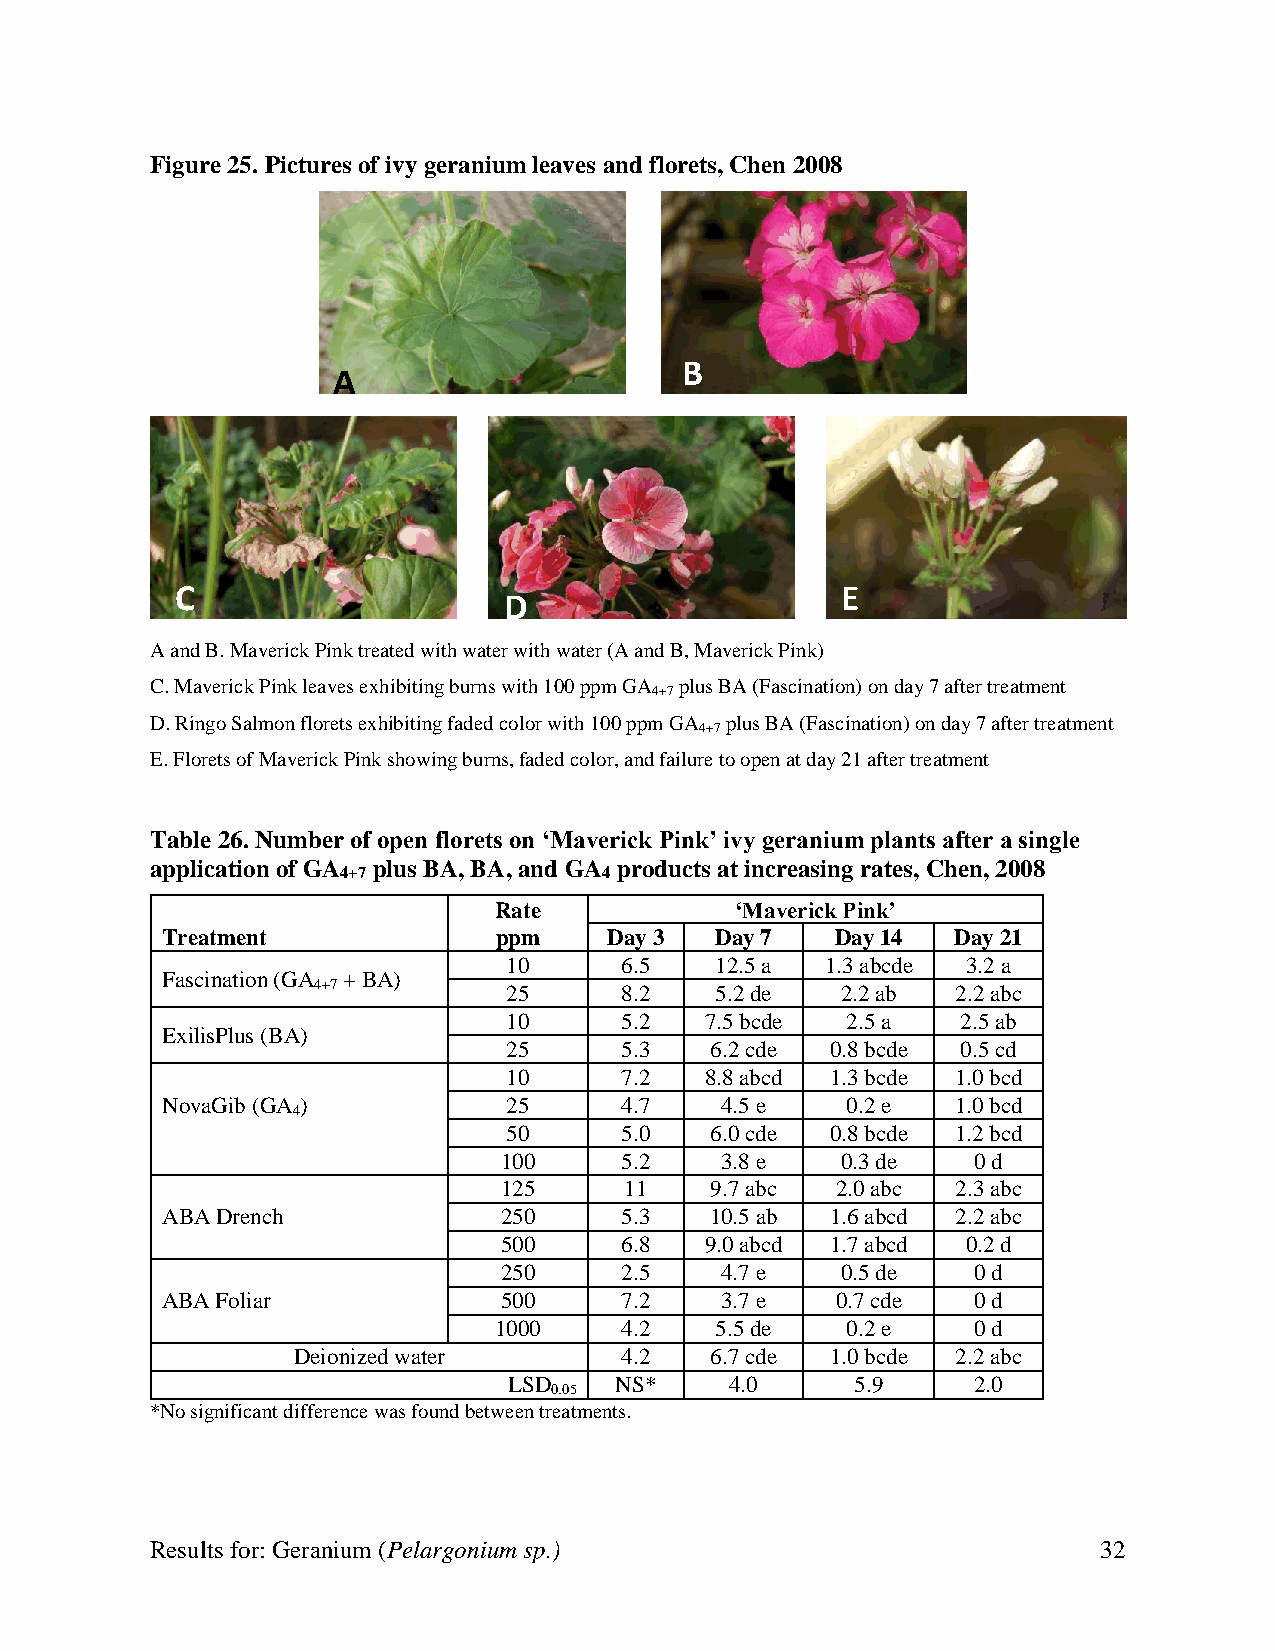
Figure 25. Pictures of ivy geranium leaves and florets, Chen 2008
 A
 B
 C                                           E
 D
 A and B. Maverick Pink treated with water with water (A and B, Maverick Pink)
 C. Maverick Pink leaves exhibiting burns with 100 ppm GA plus BA (Fascination) on day 7 after treatment
 4+7
 D. Ringo Salmon florets exhibiting faded color with 100 ppm GA plus BA (Fascination) on day 7 after treatment
 4+7
 E. Florets of Maverick Pink showing burns, faded color, and failure to open at day 21 after treatment
 Table 26. Number of open florets on ‘Maverick Pink’ ivy geranium plants after a single
 application of GA plus BA, BA, and GA products at increasing rates, Chen, 2008
 4+7              4
 Rate            ‘Maverick Pink’
 Treatment             ppm    Day 3  Day 7   Day 14  Day 21
 10     6.5   12.5 a  1.3 abcde 3.2 a
 Fascination (GA + BA)
 4+7          25     8.2   5.2 de   2.2 ab 2.2 abc
 10     5.2   7.5 bcde 2.5 a   2.5 ab
 ExilisPlus (BA)
 25     5.3   6.2 cde 0.8 bcde 0.5 cd
 10     7.2   8.8 abcd 1.3 bcde 1.0 bcd
 NovaGib (GA )          25     4.7    4.5 e   0.2 e  1.0 bcd
 4
 50     5.0   6.0 cde 0.8 bcde 1.2 bcd
 100     5.2    3.8 e   0.3 de  0 d
 125     11    9.7 abc 2.0 abc 2.3 abc
 ABA Drench            250     5.3   10.5 ab 1.6 abcd 2.2 abc
 500     6.8   9.0 abcd 1.7 abcd 0.2 d
 250     2.5    4.7 e   0.5 de  0 d
 ABA Foliar            500     7.2    3.7 e  0.7 cde  0 d
 1000    4.2   5.5 de   0.2 e   0 d
 Deionized water       4.2   6.7 cde 1.0 bcde 2.2 abc
 LSD    NS*    4.0      5.9    2.0
 0.05
 *No significant difference was found between treatments.
 Results for: Geranium (Pelargonium sp.)                        32